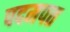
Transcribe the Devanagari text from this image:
पदमपत